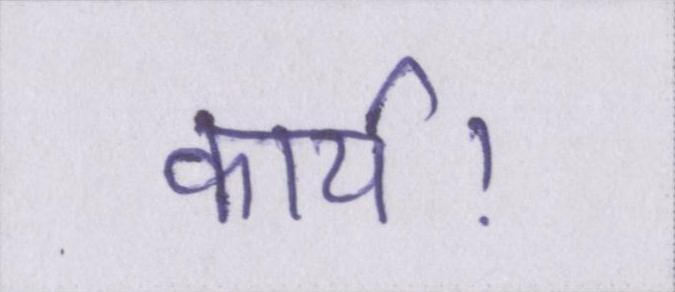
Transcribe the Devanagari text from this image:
कार्य।